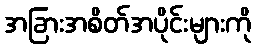
အခြားအစိတ်အပိုင်းများကို